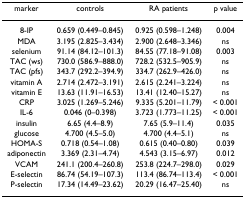
<table><thead><tr><td><b>marker</b></td><td><b>controls</b></td><td><b>RA patients</b></td><td><b>p value</b></td></tr></thead><tbody><tr><td>8-IP</td><td>0.659 (0.449–0.845)</td><td>0.925 (0.598–1.248)</td><td>0.004</td></tr><tr><td>MDA</td><td>3.195 (2.825–3.434)</td><td>2.900 (2.648–3.346)</td><td>ns</td></tr><tr><td>selenium</td><td>91.14 (84.12–101.3)</td><td>84.55 (77.18–91.08)</td><td>0.003</td></tr><tr><td>TAC (ws)</td><td>730.0 (586.9–888.0)</td><td>728.2 (532.5–905.9)</td><td>ns</td></tr><tr><td>TAC (pfs)</td><td>343.7 (292.2–394.9)</td><td>334.7 (262.9–426.0)</td><td>ns</td></tr><tr><td>vitamin A</td><td>2.714 (2.472–3.191)</td><td>2.615 (2.241–3.224)</td><td>ns</td></tr><tr><td>vitamin E</td><td>13.63 (11.91–16.53)</td><td>13.41 (12.40–15.27)</td><td>ns</td></tr><tr><td>CRP</td><td>3.025 (1.269–5.246)</td><td>9.335 (5.201–11.79)</td><td>&lt; 0.001</td></tr><tr><td>IL-6</td><td>0.046 (0–0.398)</td><td>3.723 (1.773–11.25)</td><td>&lt; 0.001</td></tr><tr><td>insulin</td><td>6.65 (4.4–8.9)</td><td>7.65 (5.9–11.4)</td><td>0.035</td></tr><tr><td>glucose</td><td>4.700 (4.5–5.0)</td><td>4.700 (4.4–5.1)</td><td>ns</td></tr><tr><td>HOMA-S</td><td>0.718 (0.54–1.08)</td><td>0.615 (0.40–0.80)</td><td>0.039</td></tr><tr><td>adiponectin</td><td>3.369 (2.31–4.74)</td><td>4.543 (3.15–6.97)</td><td>0.012</td></tr><tr><td>VCAM</td><td>241.1 (200.4–260.8)</td><td>253.8 (224.7–298.0)</td><td>0.029</td></tr><tr><td>E-selectin</td><td>86.74 (54.19–107.3)</td><td>113.4 (86.74–113.4)</td><td>&lt; 0.001</td></tr><tr><td>P-selectin</td><td>17.34 (14.49–23.62)</td><td>20.29 (16.47–25.40)</td><td>ns</td></tr></tbody></table>